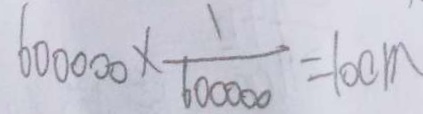
6 0 0 0 0 0 \times \frac { 1 } { 6 0 0 0 0 0 } = 1 0 c m